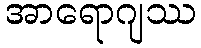
အာရောဂျဿ